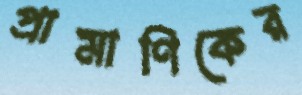
প্রামাণিকের